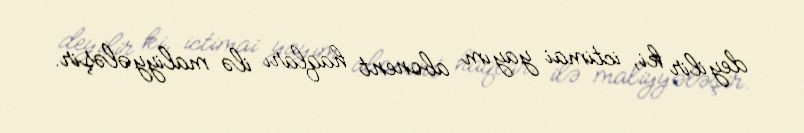
deyilir ki, ictimai yayım abonent haqları ilə maliyyələşir.